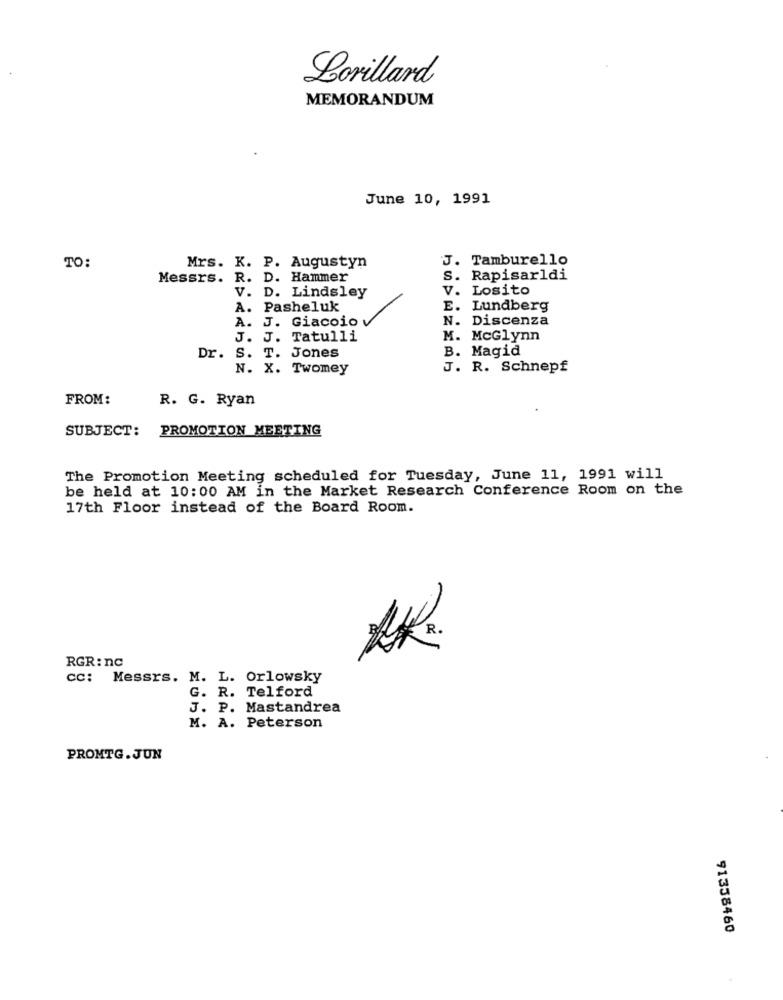
Lorillard
MEMORANDUM
June 10, 1991
TO:
J. Tamburello
Mrs. K. P. Augustyn
Messrs. R. D. Hammer
S. Rapisarldi
V. D. Lindsley
V. Losito
A. Pasheluk
E. Lundberg
N. Discenza
A. J. Giacoio
J. J. Tatulli
M. McGlynn
B. Magid
Dr.
S. T. Jones
N. X. Twomey
J. R. Schnepf
FROM:
R. G. Ryan
SUBJECT: PROMOTION MEETING
The Promotion Meeting scheduled for Tuesday, June 11, 1991 will
be held at 10:00 AM in the Market Research Conference Room on the
17th Floor instead of the Board Room.
R.
RGR: nc
cc: Messrs. M. L. Orlowsky
G. R. Telford
J. P. Mastandrea
M. A. Peterson
PROMTG. JUN
91338460